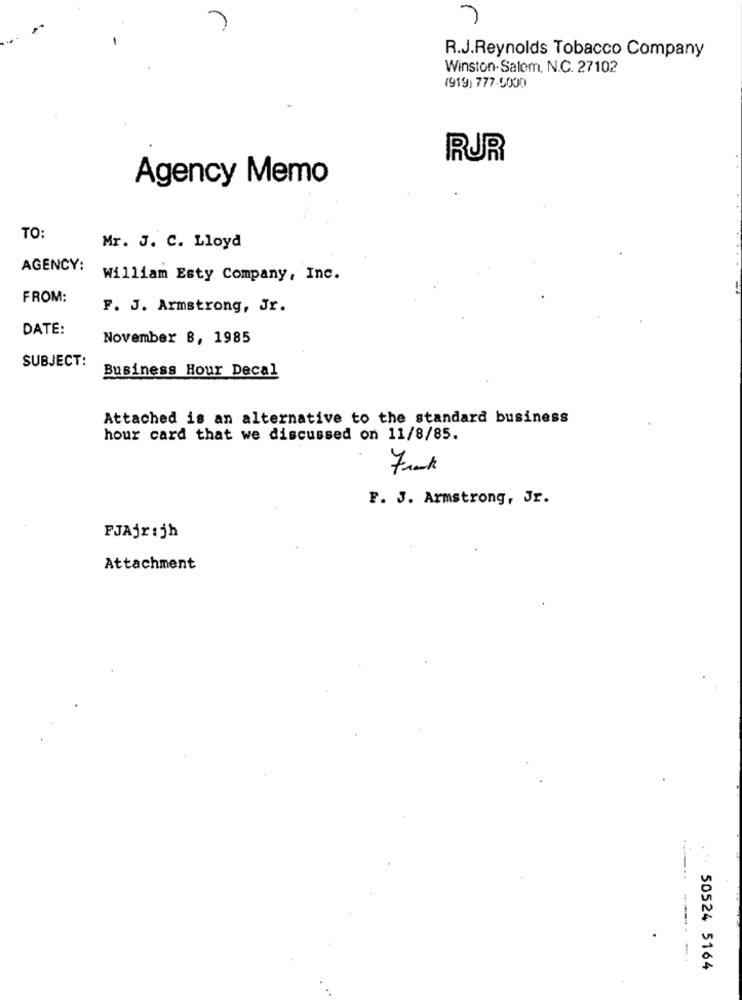
R.J.Reynolds Tobacco Company
Winston-Salem, N.C. 27102
(919) 777.5000
RUR
Agency Memo
TO:
Mr. J. C. Lloyd
AGENCY:
William Esty Company, Inc.
FROM:
F. J. Armstrong, Jr.
DATE:
November B, 1985
SUBJECT:
Business Hour Decal
Attached is an alternative to the standard business
hour card that we discussed on 11/8/85.
F. J. Armstrong, Jr.
PJAjr:jh
Attachment
50524 5164